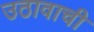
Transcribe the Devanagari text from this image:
उठावाची